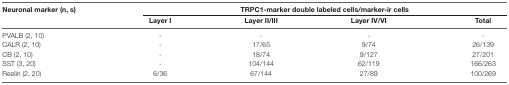
<table><thead><tr><td><b>Neuronal marker (n, s)</b></td><td colspan="4"><b>TRPC1-marker double labeled cells/marker-ir cells</b></td></tr><tr><td></td><td><b>Layer I</b></td><td><b>Layer II/III</b></td><td><b>Layer IV/VI</b></td><td><b>Total</b></td></tr></thead><tbody><tr><td>PVALB (2, 10)</td><td>-</td><td>-</td><td>-</td><td>-</td></tr><tr><td>CALR (2, 10)</td><td>-</td><td>17/65</td><td>9/74</td><td>26/139</td></tr><tr><td>CB (2, 10)</td><td>-</td><td>18/74</td><td>9/127</td><td>27/201</td></tr><tr><td>SST (3, 20)</td><td>-</td><td>104/144</td><td>62/119</td><td>166/263</td></tr><tr><td>Reelin (2, 20)</td><td>6/36</td><td>67/144</td><td>27/89</td><td>100/269</td></tr></tbody></table>